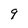
Character: 9